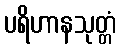
ပရိဟာနသုတ္တံ